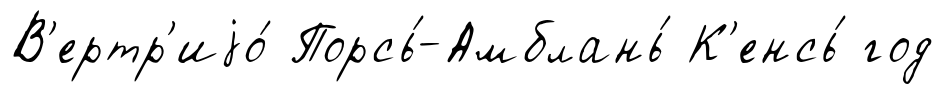
В'ертр'иjо́ Порсь́-Амблань́ К'енсь́ год